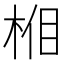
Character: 𣒦